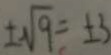
\pm \sqrt { 9 } = \pm 3